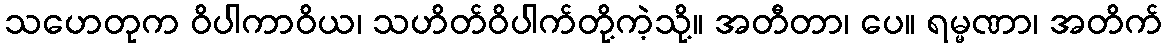
သဟေတုက ဝိပါကာဝိယ၊ သဟိတ်ဝိပါက်တို့ကဲ့သို့။ အတီတာ၊ ပေ။ ရမ္မဏာ၊ အတိက်